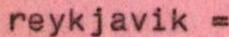
reykjavik =